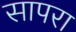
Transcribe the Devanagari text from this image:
सापरा